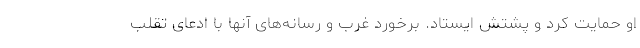
او حمایت کرد و پشتش ایستاد. برخورد غرب و رسانه‌های آنها با ادعای تقلب